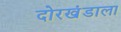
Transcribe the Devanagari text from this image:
दोरखंडाला